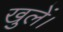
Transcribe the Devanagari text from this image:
खुलें।